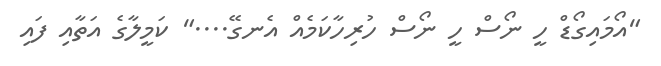
"އޯމައިގޯޑް ހީ ނޯސް ހީ ނޯސް ހުރިހާކަމެއް އެނގޭ...." ކަމީލާގެ އަތާއި ފައި